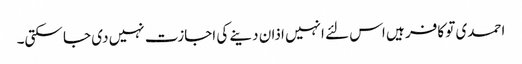
احمدی تو کافر ہیں اس لئے انہیں اذان دینے کی اجازت نہیں دی جا سکتی۔